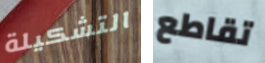
التشكيلة تقاطع